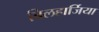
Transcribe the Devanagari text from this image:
बिलहार्जिया